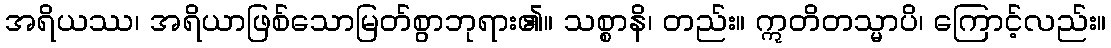
အရိယဿ၊ အရိယာဖြစ်သောမြတ်စွာဘုရား၏။ သစ္စာနိ၊ တည်း။ ဣတိတသ္မာပိ၊ ကြောင့်လည်း။